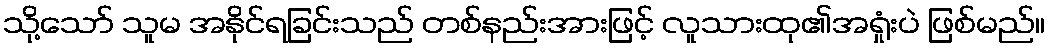
သို့သော် သူမ အနိုင်ရခြင်းသည် တစ်နည်းအားဖြင့် လူသားထု၏အရှုံးပဲ ဖြစ်မည်။